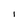
Character: i